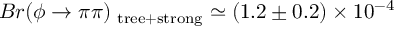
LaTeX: B r ( \phi \rightarrow \pi \pi ) _ { \mathrm { \scriptsize ~ t r e e + s t r o n g } } \simeq ( 1 . 2 \pm 0 . 2 ) \times 1 0 ^ { - 4 }